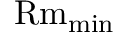
\ensuremath \mathrm { { R m } } _ { \mathrm { m i n } }